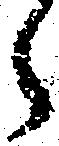
ら